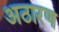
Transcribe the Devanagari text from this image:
अठारण